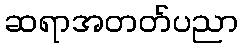
ဆရာအတတ်ပညာ